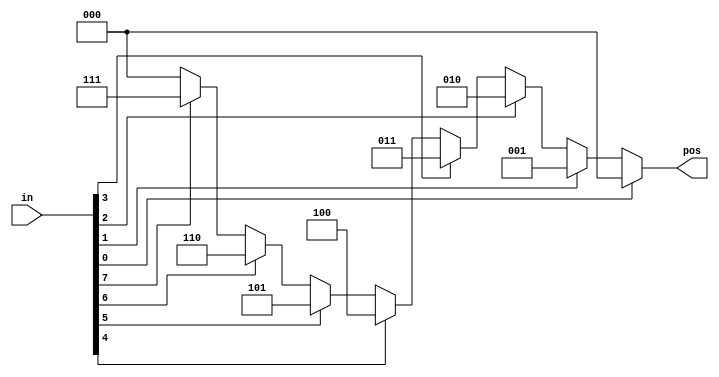
// synthesis verilog_input_version verilog_2001
module top_module (
    input [7:0] in,
    output reg [2:0] pos  );

    always @(*) begin
        casez (in[7:0])
            8'bzzzzzzz1: pos = 3'd0;
            8'bzzzzzz1z: pos = 3'd1;
            8'bzzzzz1zz: pos = 3'd2;
            8'bzzzz1zzz: pos = 3'd3;
            8'bzzz1zzzz: pos = 3'd4;
            8'bzz1zzzzz: pos = 3'd5;
            8'bz1zzzzzz: pos = 3'd6;
            8'b1zzzzzzz: pos = 3'd7;
            default: pos = 2'd0;
        endcase
    end

endmodule